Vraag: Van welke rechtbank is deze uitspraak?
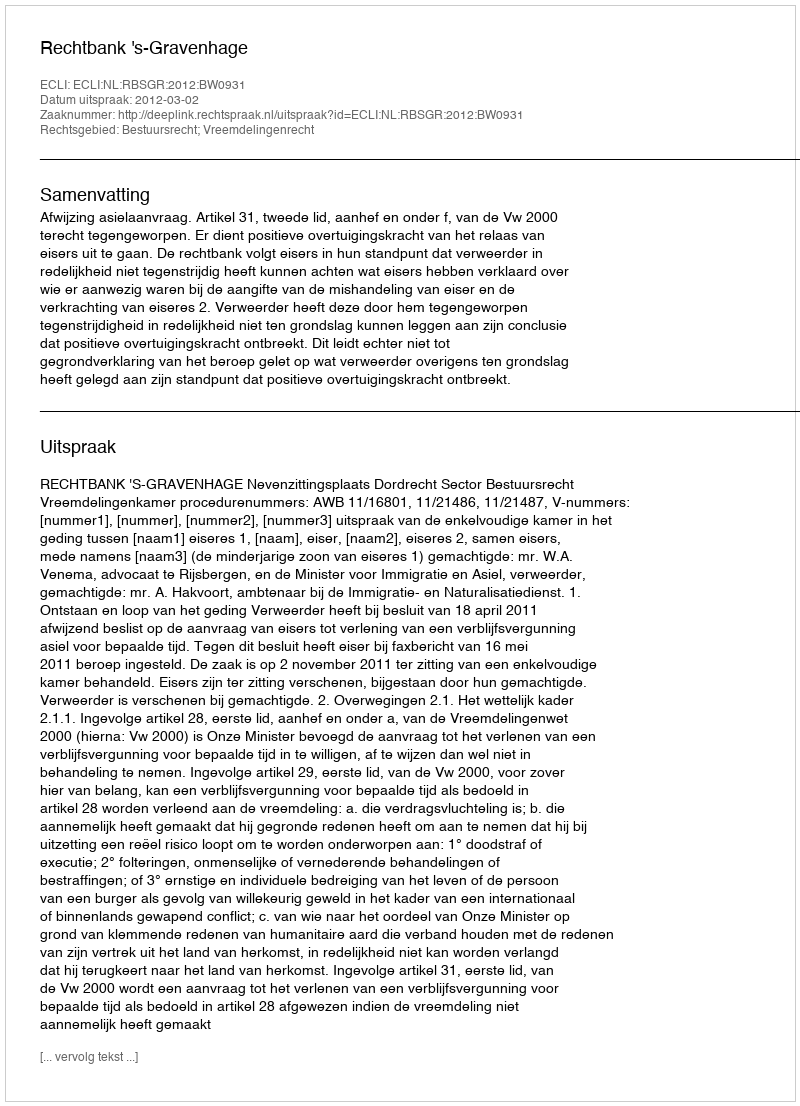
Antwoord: Rechtbank 's-Gravenhage